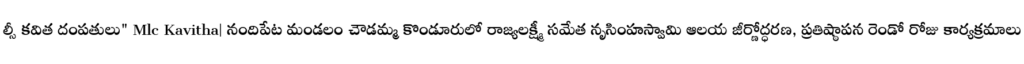
ల్సీ కవిత దంపతులు" Mlc Kavitha| నందిపేట మండలం చౌడమ్మ కొండూరులో రాజ్యలక్ష్మీ సమేత నృసింహస్వామి ఆలయ జీర్ణోద్ధరణ, ప్రతిష్ఠాపన రెండో రోజు కార్యక్రమాలు